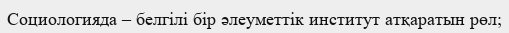
Социологияда – белгілі бір әлеуметтік институт атқаратын рөл;